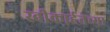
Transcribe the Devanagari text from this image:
स्वीकार्हतेच्या